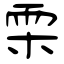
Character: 雬